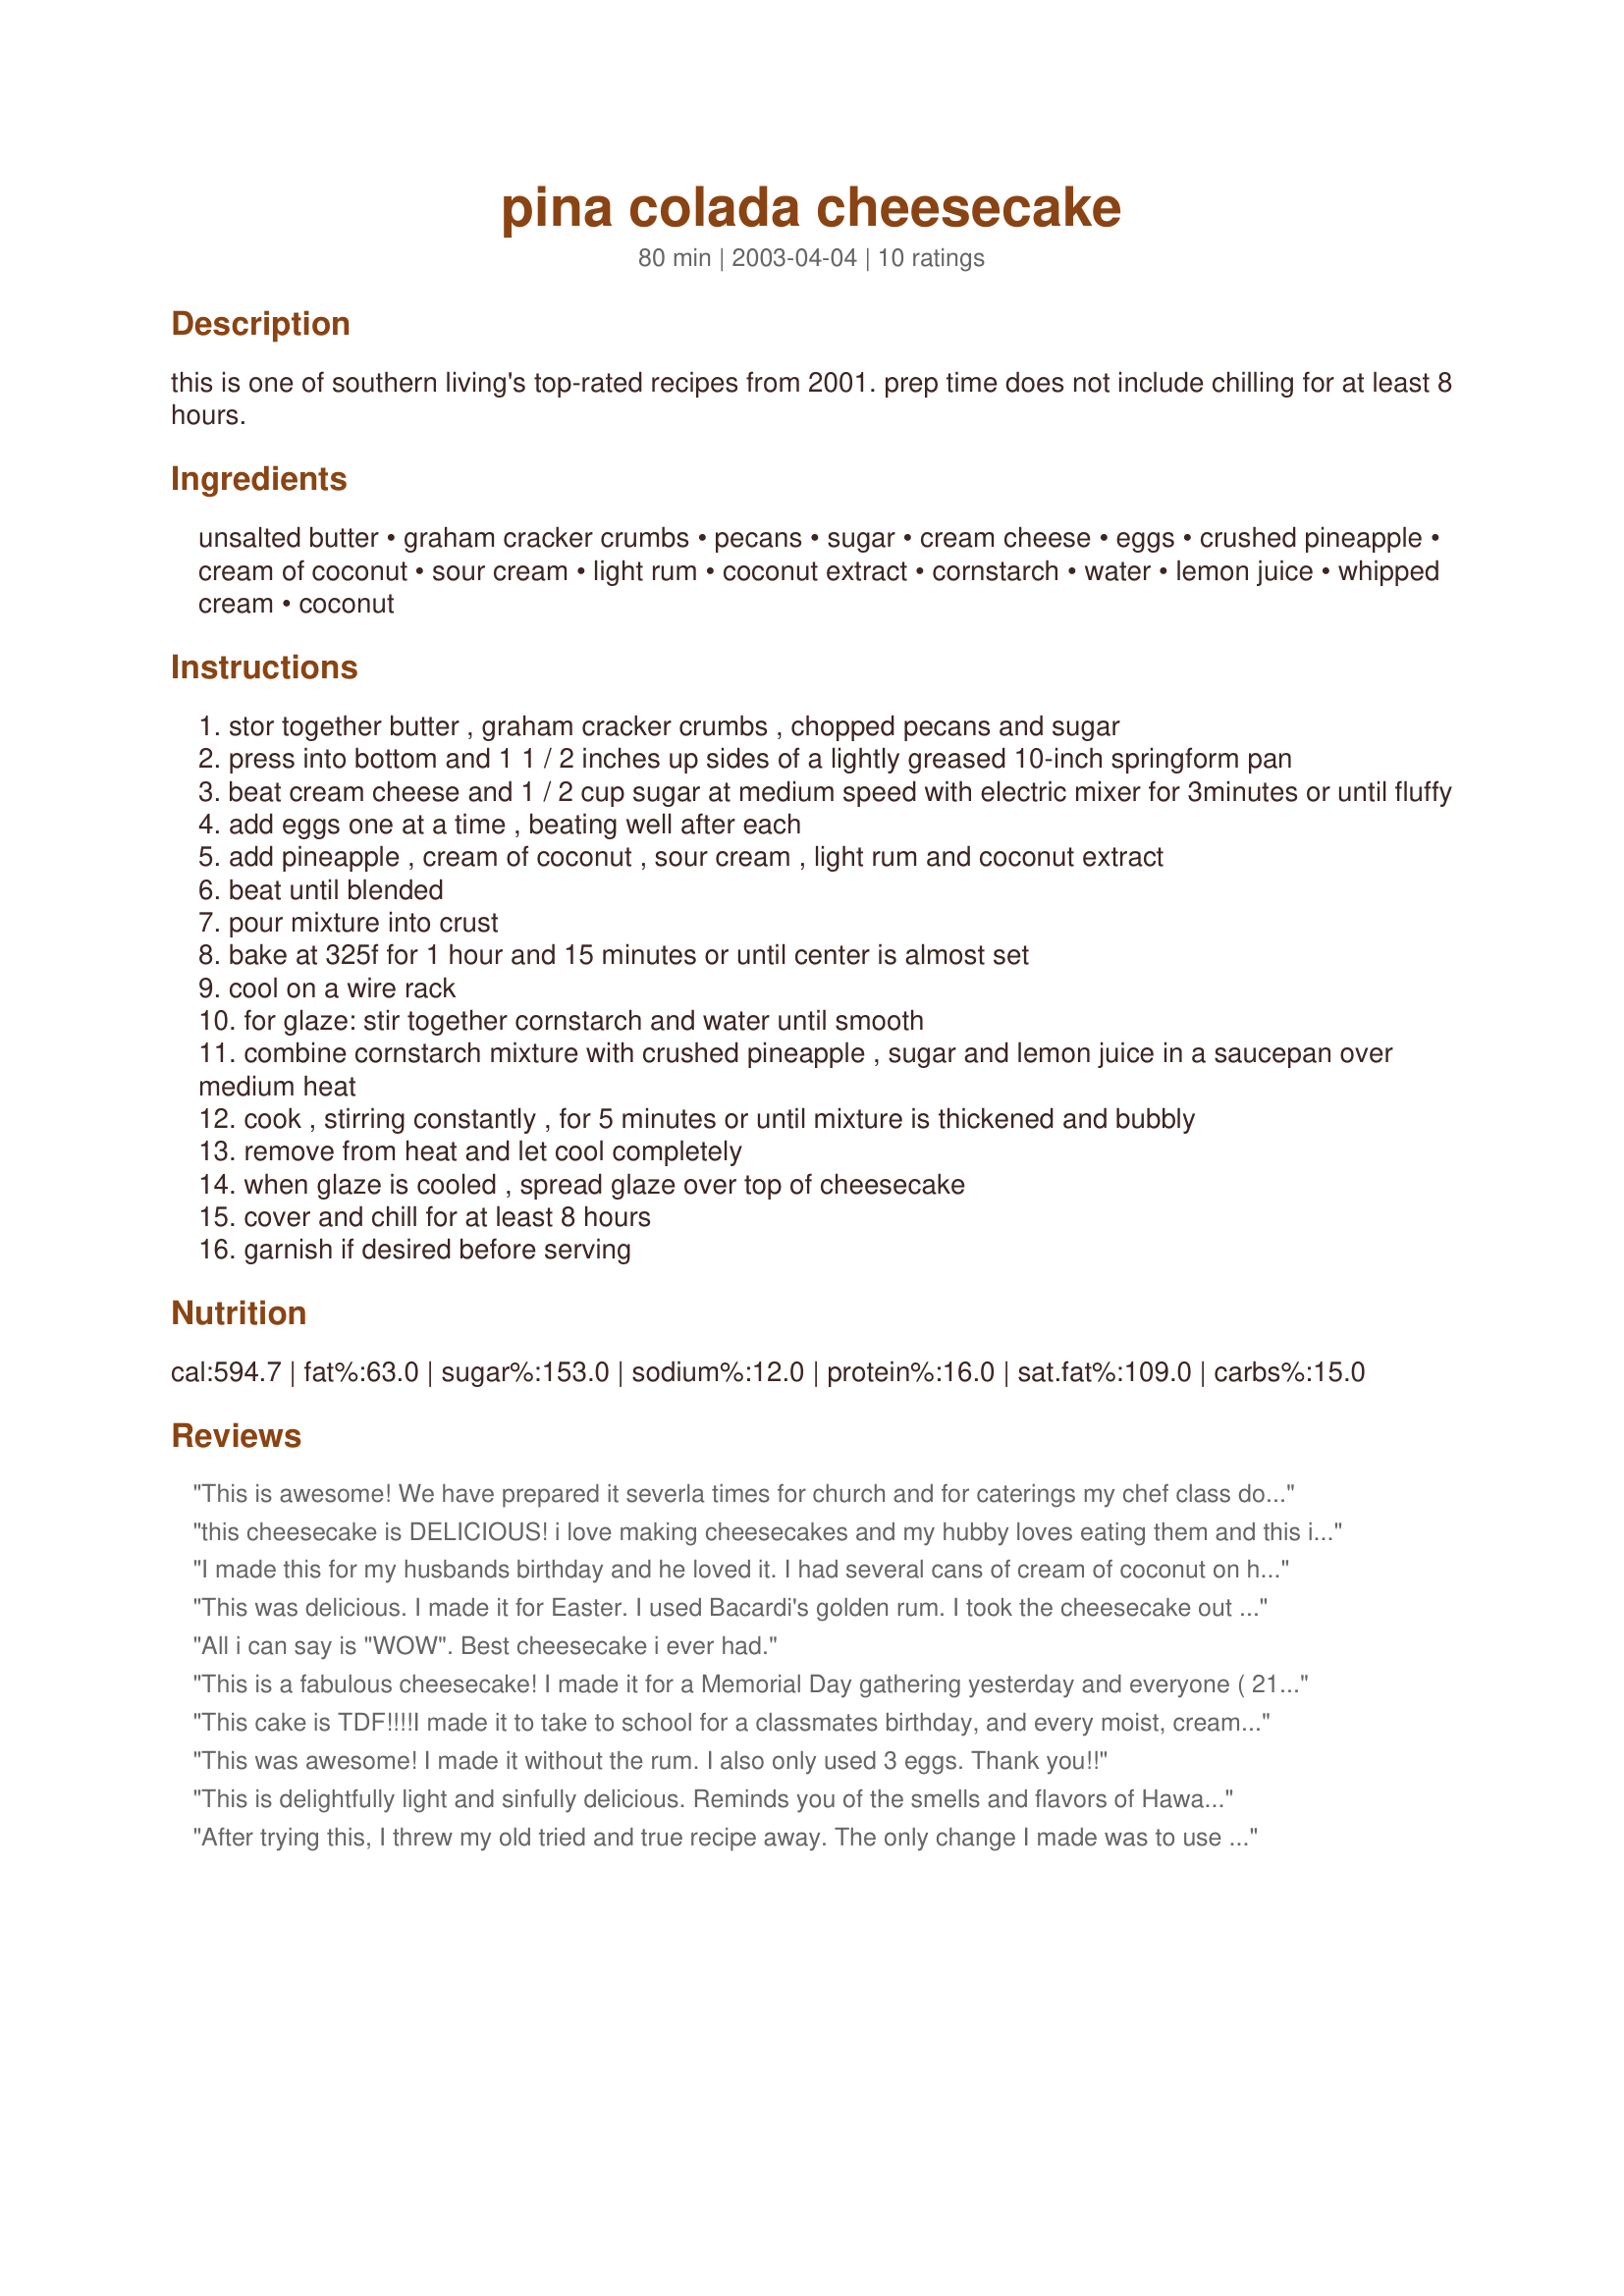
pina colada cheesecake
Preparation time: 80 minutes

this is one of southern living's top-rated recipes from 2001. prep time does not include chilling for at least 8 hours.

Ingredients:
unsalted butter, graham cracker crumbs, pecans, sugar, cream cheese, eggs, crushed pineapple, cream of coconut, sour cream, light rum, coconut extract, cornstarch, water, lemon juice, whipped cream, coconut

Steps:
stor together butter , graham cracker crumbs , chopped pecans and sugar
press into bottom and 1 1 / 2 inches up sides of a lightly greased 10-inch springform pan
beat cream cheese and 1 / 2 cup sugar at medium speed with electric mixer for 3minutes or until fluffy
add eggs one at a time , beating well after each
add pineapple , cream of coconut , sour cream , light rum and coconut extract
beat until blended
pour mixture into crust
bake at 325f for 1 hour and 15 minutes or until center is almost set
cool on a wire rack
for glaze: stir together cornstarch and water until smooth
combine cornstarch mixture with crushed pineapple , sugar and lemon juice in a saucepan over medium heat
cook , stirring constantly , for 5 minutes or until mixture is thickened and bubbly
remove from heat and let cool completely
when glaze is cooled , spread glaze over top of cheesecake
cover and chill for at least 8 hours
garnish if desired before serving

Reviews:
This is awesome! We have prepared it severla times for church and for caterings my chef class does. We have split this into 2 smaller springform pans and baked it for about 50 minutes. It is wonderful!
this cheesecake is DELICIOUS! i love making cheesecakes and my hubby loves eating them and this is by far the best one i've made (and he's eaten). I used Malibu Rum. Before we finished eating the one i made, hubby was requesting another.
I made this for my husbands birthday and he loved it. I had several cans of cream of coconut on hand and I used coconut rum for the rum. It was very DELICIOUS. I will definately make it again but will make 2 smaller cakes rather than one large one. Thanks for posting.
This was delicious. I made it for Easter. I used Bacardi's golden rum. I took the cheesecake out of the oven while the center was still soft. I wasn't sure if it would set up. It set up beautifully. I made this the day before Easter and it was in the fridge about 18 hours. Wonderful!!!
All i can say is "WOW". Best cheesecake i ever had.
This is a fabulous cheesecake! I made it for a Memorial Day gathering yesterday and everyone ( 21 people ) loved it! Thanks for posting this- it will definitely be made again!!&lt;br/&gt;&lt;br/&gt;I have made this at least 6 times since I posted my review- its one of my favorite desserts to make and enjoy! I have made several tweaks to the recipe. For the crust I used just 1cup of graham cracker crumbs, added 3/4 cup of flaked coconut and omitted the sugar, since the coconut was sweetened. In the glaze, I used 1/4 rum in place of the water and increased the cornstarch to 4 tablespoons. everyone loves this cheesecake! Thanks for posting it!
This cake is TDF!!!!I made it to take to school for a classmates birthday, and every moist, creamy bite tasted like the BEST Pina Colada you've ever had! Everyone couldn't stop raving over it! I made only one change. Since I didn't have light rum, I used gold rum. I also baked it for an extra 15 min. But the recipe is very easy to follow and turns out FANTASTIC! So if you're a real fan of Pina Coladas, this is a MUST TRY recipe!
This was awesome! I made it without the rum. I also only used 3 eggs. Thank you!!
This is delightfully light and sinfully delicious. Reminds you of the smells and flavors of Hawaii. Try it and you will like it.
After trying this, I threw my old tried and true recipe away. The only change I made was to use walnuts for the pecans. Thanks for sharing.
